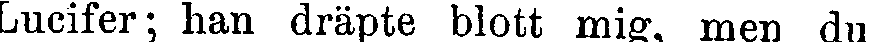
Lucifer; han dräpte blott mig, men du